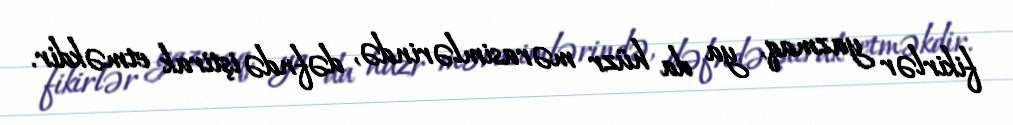
fikirlər yazmaq, ya da hüzr mərasimlərində, dəfndə iştirak etməkdir.